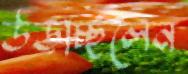
উড়চ্ছিলেন